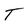
Character: T